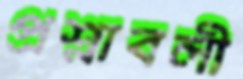
প্রশ্নাবলী